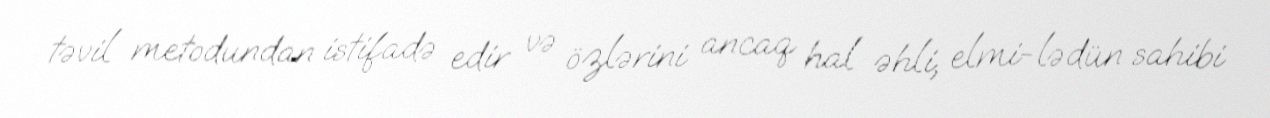
təvil metodundan istifadə edir və özlərini ancaq hal əhli, elmi-lədün sahibi